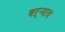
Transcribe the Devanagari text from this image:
बऱ्र्‍याच